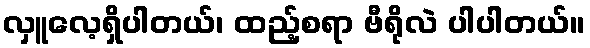
လှူလေ့ရှိပါတယ်၊ ထည့်စရာ ဗီရိုလဲ ပါပါတယ်။